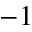
^ { - 1 }